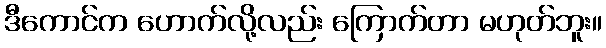
ဒီကောင်က ဟောက်လို့လည်း ကြောက်တာ မဟုတ်ဘူး။